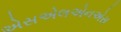
એસએલએનએસ